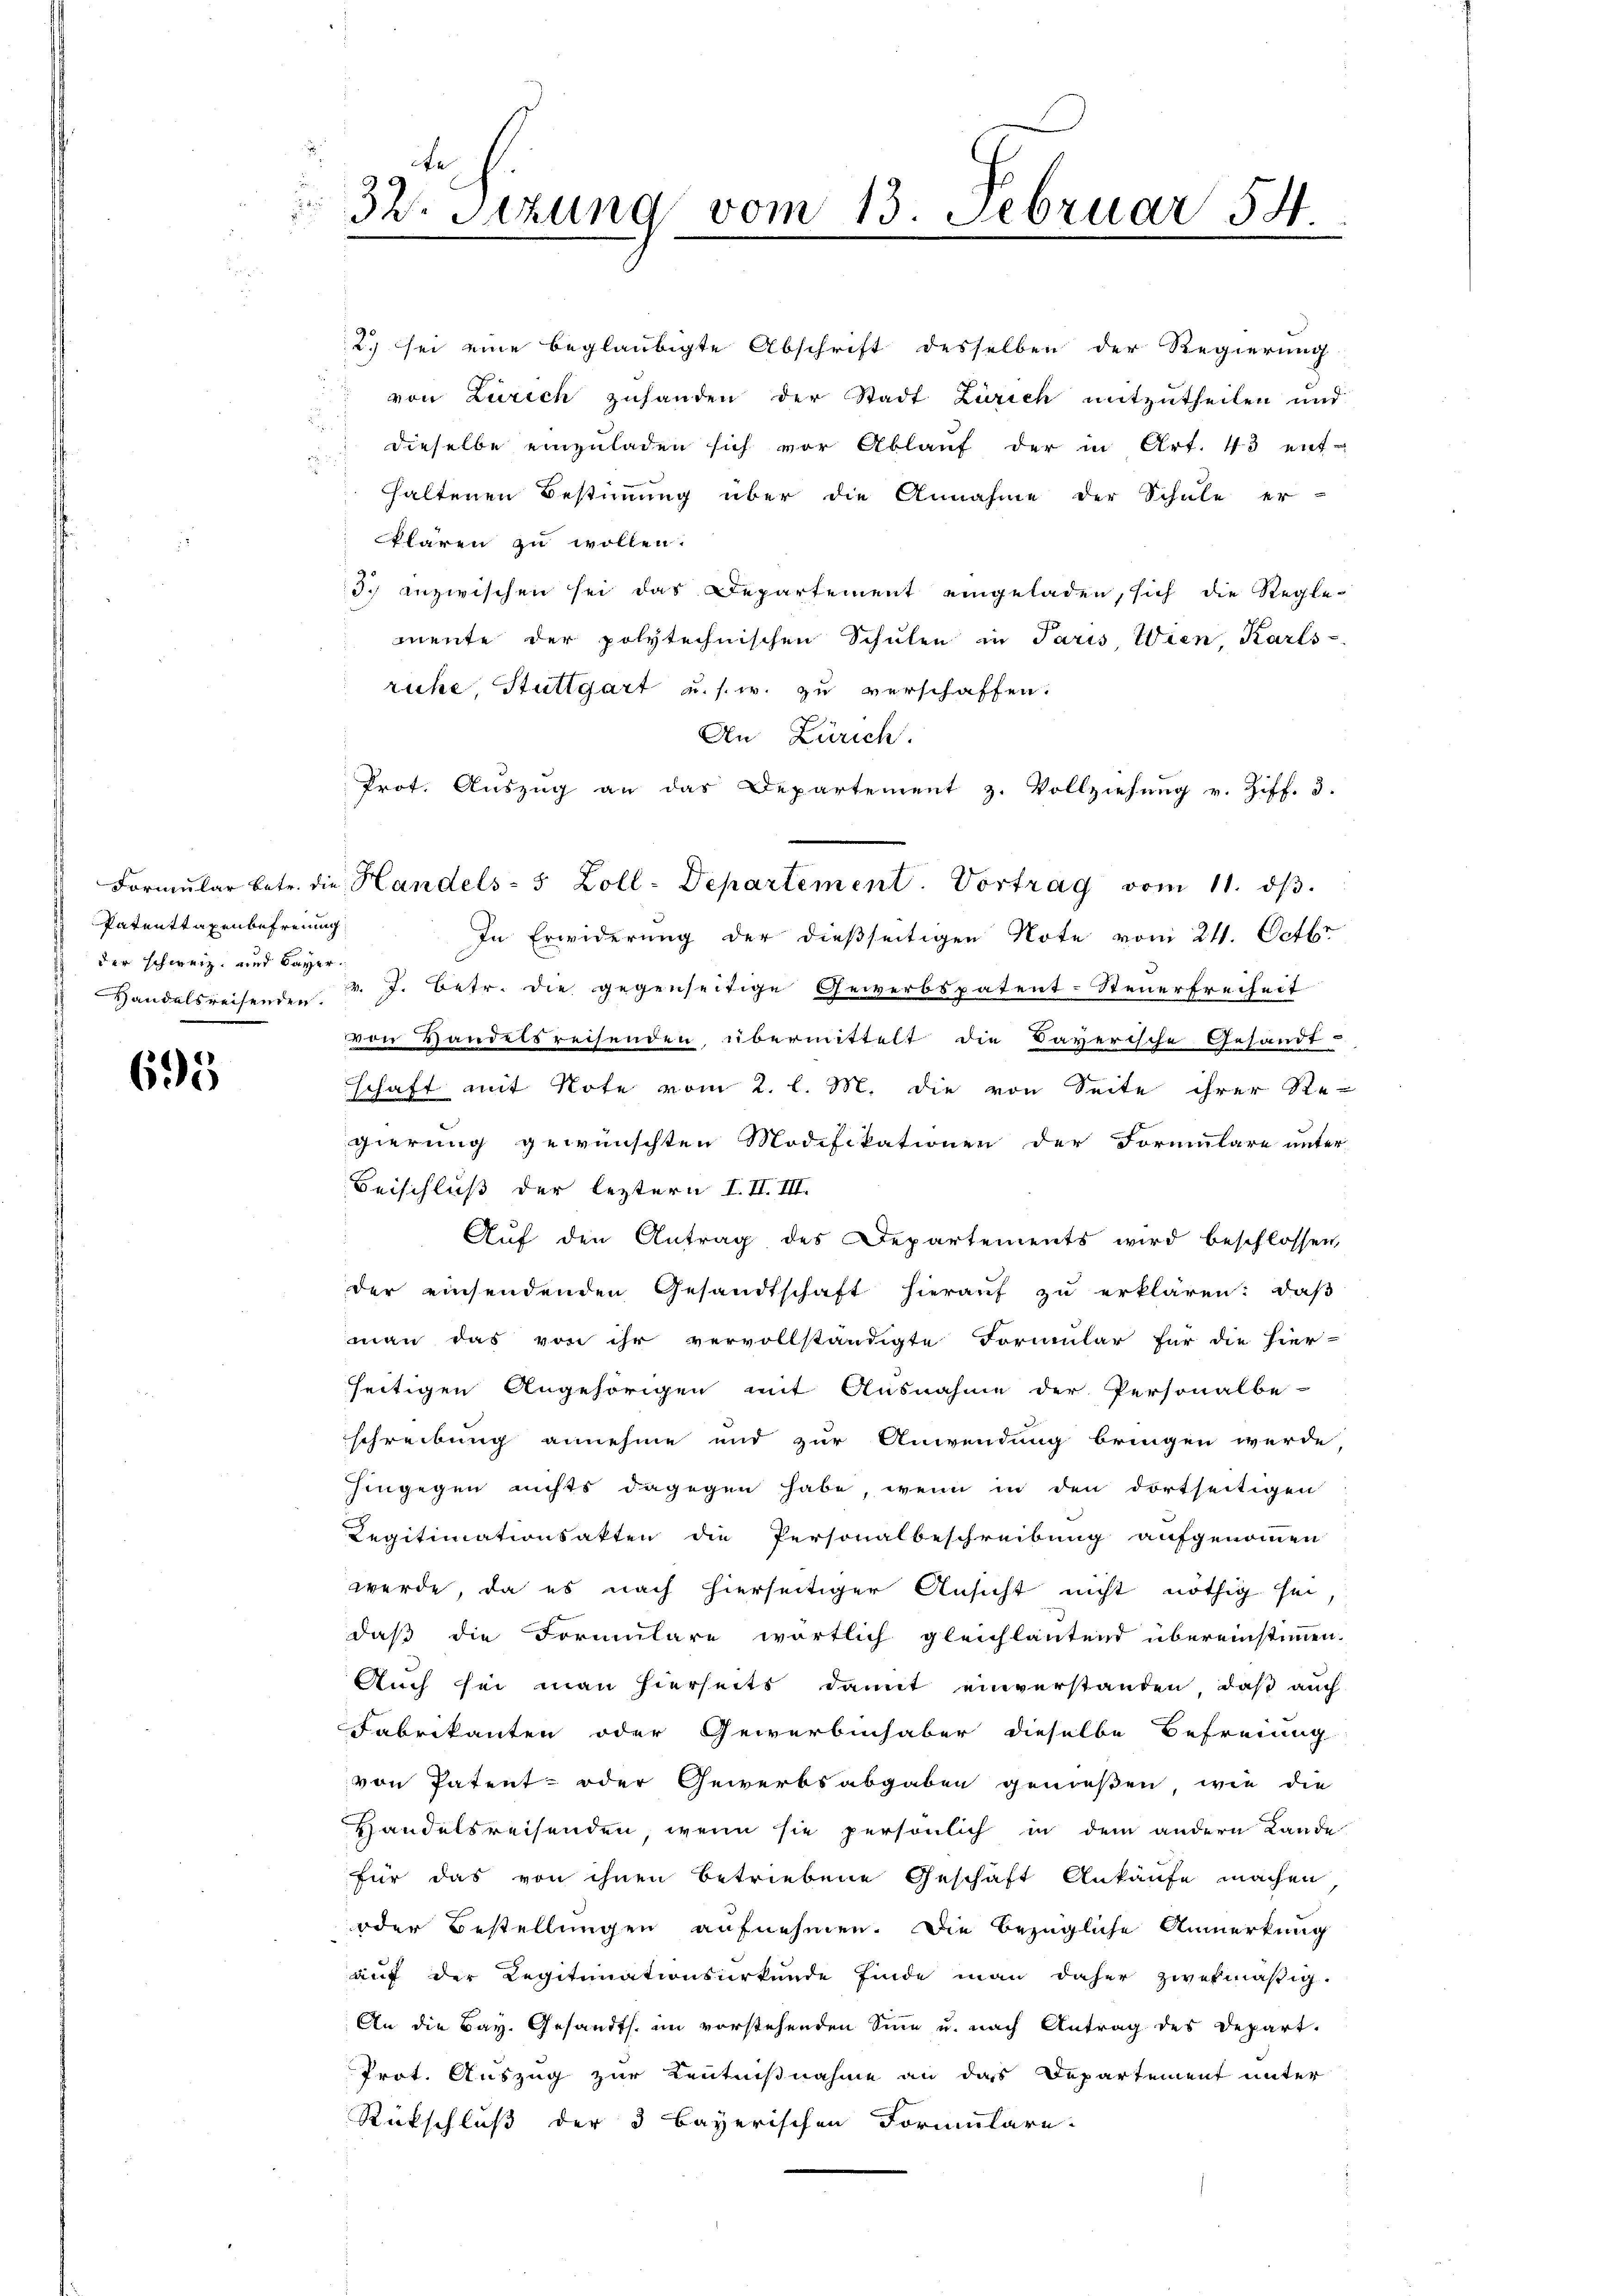
Patenttaxenbefreiung
der schweiz. und Bayer.

695

32. Setzung vom 13. Februar 54

ruhe, Stuttgart u. s. w. zu verschaffen.
An Zürich.
Prot. Auszug an das Departement z. Vollziehung v. Ziff. 3.
In Erwiderung der dießseitigen Note vom 21. Octbr.
Handelsreisenden. v. J. betr. die gegenseitige Gewerbspatent-Steuerfreiheit
von Handelsreisenden übermittelt die Daverische Gesandt-
schaft mit Note vom 2. l. M. die von Seite ihrer Re-
gierung gewünschten Modifikationen der Formulare unter
Beischluß der leztern I. II. III.
Auf den Antrag des Departements wird beschlossen,
der einsendenden Gesandtschaft hieraŭf zŭ erklären: daβ
man das von ihr vervollständigte Formular für die hier-
seitigen Angehörigen mit Ausnahme der Personalbe-
schreibung annehme und zur Anwendung bringen werde,
hingegen nichts dagegen habe, wenn in den dortseitigen
Regitimationsakten die Personalbeschreibung aufgenommen
werde, da es nach hierseitiger Ansicht nicht nöthig sei,
daß die Formulare wörtlich gleichlautend übereinstimmen.
Auch sei man hierseits damit einverstanden, daß auch
Fabrikanten oder Gewerbenhaber dieselbe Befreiung
von Patent- oder Gewerbsabgaben genießen, wie die
Handelsreisenden, wenn sie persönlich in dem andern Lande
für das von ihnen betriebene Geschäft Ankäufe machen
oder Bestellungen aufnehmen. Die bezügliche Anmerkung
auf der Legitimationsurkunde finde man daher zwekmäßig.
An die Bay. Gesandts. im vorstehenden Sinn u. nach Antrag des Depart.
Prot. Auszug zur Kenntnißnahme an das Departement unter
Rückschluß der 3 Bayerischen Formulare.

2) sei eine beglaubigte Abschrift desselben der Regierung
von Zürich zuhanden der Stadt Zürich mitzutheilen und
dieselbe einzŭladen sich vor Ablauf der in Art. 43 ent-
haltenen Bestimmung über die Annahme der Schule er-
klären zu wollen.
3. Inzwischen sei das Departement eingeladen, sich die Regle-
mente der polytechnischen Schŭlen in Paris, Wien, Karls-

Formŭlar betr. die Handels- 5 Zoll-Departement. Vortrag vom 11. dβ.